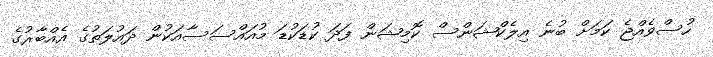
ހުސްވެއްޖެ ކަމަށް ބުނެ އިލެކްޝަންސް ކޮމިޝަން ފަދަ ކުޑަކުޑަ މުއައްސަސާއަކުން ދައުލަތުގެ އެއްބާރުގެ